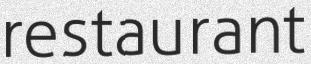
restaurant